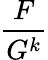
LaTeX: \frac{F}{G^{k}}